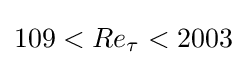
109<Re_{\tau }<2003